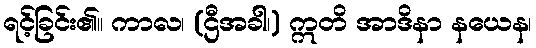
ရင့်ခြင်း၏။ ကာလ၊ (ဌီအခါ၊) ဣတိ အာဒိနာ နယေန၊